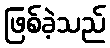
ဖြစ်ခဲ့သည်